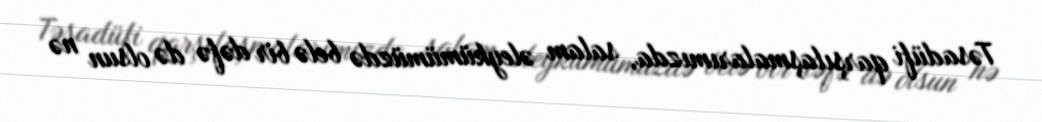
Təsadüfi qarşılaşmalarımızda, salam əleykümümüzdə belə bir dəfə də olsun nə